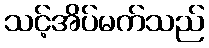
သင့်အိပ်မက်သည်